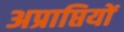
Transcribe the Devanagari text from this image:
अप्राप्तियों